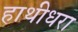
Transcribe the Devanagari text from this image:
हाथीधरा